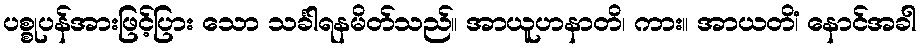
ပစ္စုပန်အားဖြင့်ပြား သော သင်္ခါရနမိတ်သည်။ အာယူဟနာတိ၊ ကား။ အာယတိံ၊ နောင်အခါ